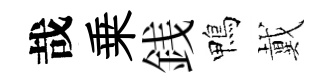
哉乗銭鴨戴